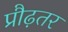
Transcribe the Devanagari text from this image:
प्रौढ़तर